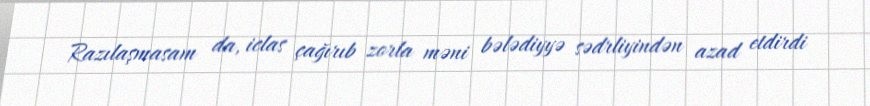
Razılaşmasam da, iclas çağırıb zorla məni bələdiyyə sədrliyindən azad etdirdi